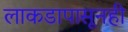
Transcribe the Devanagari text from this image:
लाकडापासूनही